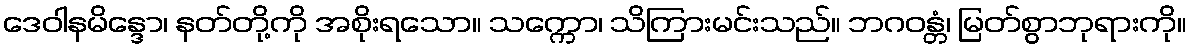
ဒေဝါနမိန္ဒော၊ နတ်တို့ကို အစိုးရသော။ သက္ကော၊ သိကြားမင်းသည်။ ဘဂဝန္တံ၊ မြတ်စွာဘုရားကို။